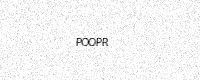
Text: POOPR